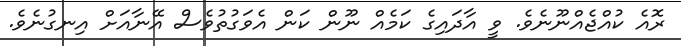
ރޮއެ ކުއްޖެއްނޫނެވެ. ވީ އާދައިގެ ކަމެއް ނޫން ކަން އެވަގުތުވެސް އޭނާއަށް އިނގުނެވެ.